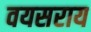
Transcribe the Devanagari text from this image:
वयसराय